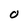
Character: o